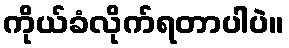
ကိုယ်ခံလိုက်ရတာပါပဲ။